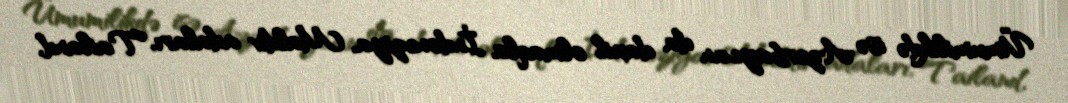
Ümumilikdə isə Azərbaycan da daxil olmaqla İndoneziya, Maldiv adaları, Tailand,